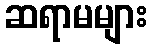
ဆရာမများ